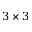
3 \times 3